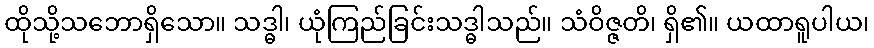
ထိုသို့သဘောရှိသော။ သဒ္ဓါ၊ ယုံကြည်ခြင်းသဒ္ဓါသည်။ သံဝိဇ္ဇတိ၊ ရှိ၏။ ယထာရူပါယ၊